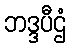
ဘဒ္ဒပီဌံ